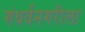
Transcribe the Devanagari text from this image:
गंधर्वनगरीला